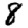
Digit: 8